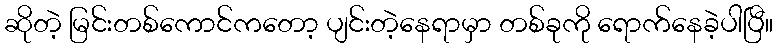
ဆိုတဲ့ မြင်းတစ်ကောင်ကတော့ ပျင်းတဲ့နေရာမှာ တစ်ခုကို ရောက်နေခဲ့ပါပြီ။